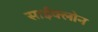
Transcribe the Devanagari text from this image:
साईक्लोन